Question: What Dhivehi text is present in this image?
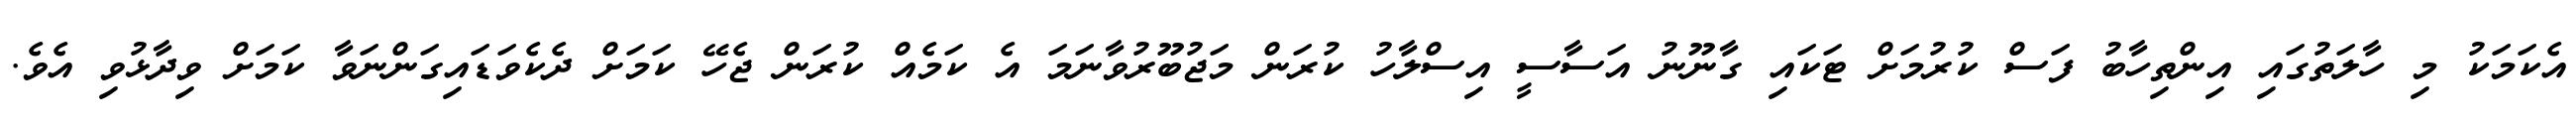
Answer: އެކަމަކު މި ހާލަތުގައި އިންތިހާބު ފަސް ކުރުމަށް ޓަކައި ގާނޫނު އަސާސީ އިސްލާހު ކުރަން މަޖުބޫރުވާނަމަ އެ ކަމެއް ކުރަން ޖެހޭ ކަމަށް ދެކެވަޑައިގަންނަވާ ކަމަށް ވިދާޅުވި އެވެ.